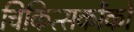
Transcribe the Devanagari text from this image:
चिकित्सकोंको